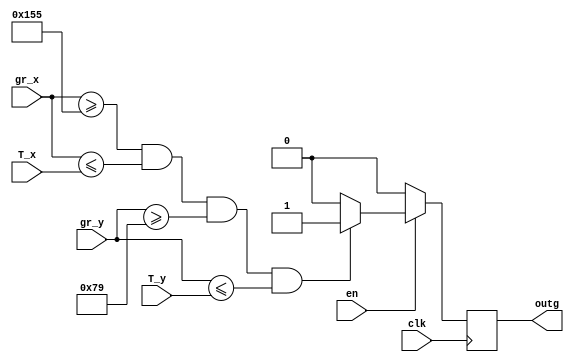
module GREEN_DRAW4(
	input wire clk,
//	input wire reset,	
	input wire en,
	
	input wire [10:0]gr_x,
	input wire [9:0]gr_y,
	input wire [10:0]T_x,
	input wire [9:0]T_y,
	
	output reg outg
	
	);
	
parameter[10:0] x1 = 11'd341;
parameter[10:0] x2 = 11'd491;
parameter[9:0] y1 = 11'd121;
parameter[9:0] y2 = 11'd220;


always @ (posedge clk)
	begin
		if (en == 1) 
		begin
			if ((gr_x[10:0]>=x1[10:0])&&(gr_x[10:0]<=T_x)&&(gr_y[9:0]>=y1)&&(gr_y[9:0]<=T_y))
				begin
					outg = 1;
				end
				else
					outg = 0;
		end
		else
			outg = 0;
	end	
endmodule